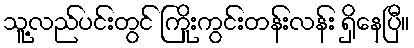
သူ့လည်ပင်းတွင် ကြိုးကွင်းတန်းလန်း ရှိနေပြီ။